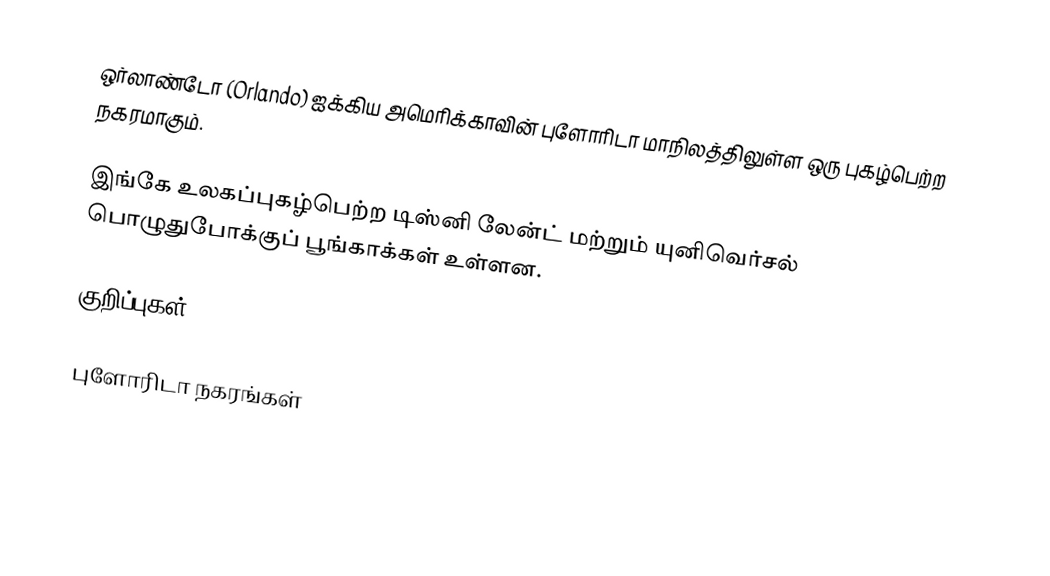
ஒர்லாண்டோ (Orlando) ஐக்கிய அமெரிக்காவின் புளோரிடா மாநிலத்திலுள்ள ஒரு புகழ்பெற்ற நகரமாகும்.

இங்கே உலகப்புகழ்பெற்ற டிஸ்னி லேன்ட் மற்றும் யுனிவெர்சல் பொழுதுபோக்குப் பூங்காக்கள் உள்ளன.

குறிப்புகள்

புளோரிடா நகரங்கள்